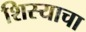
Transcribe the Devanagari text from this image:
शिस्याचा